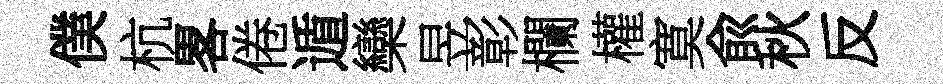
僕杭畧倦遁欒昱彰欄權寞兪秋反